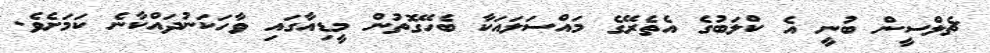
ޗެލްސީން ބުނީ އެ ކްލަބުގެ އެތެރޭގެ މައްސަލައަކާ ބެހޭގޮތުން މީޑިއާގައި ވާހަކަނުދައްކާނެ ކަމަށެވެ.